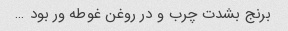
برنج بشدت چرب و در روغن غوطه ور بود …